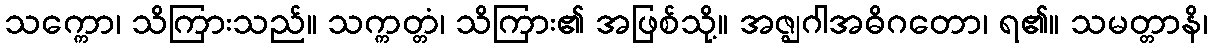
သက္ကော၊ သိကြားသည်။ သက္ကတ္တံ၊ သိကြား၏ အဖြစ်သို့။ အဇ္ဈဂါအဓိဂတော၊ ရ၏။ သမတ္တာနိ၊